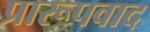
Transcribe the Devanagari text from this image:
प्रारूपवाद